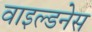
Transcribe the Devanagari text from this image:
वाइल्डनेस